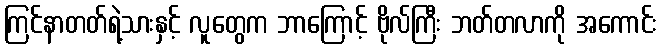
ကြင်နာတတ်ရဲ့သားနှင့် လူတွေက ဘာကြောင့် ဗိုလ်ကြီး ဘတ်တလာကို အကောင်း